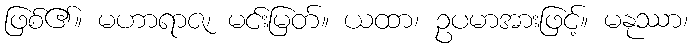
ဖြစ်၏။ မဟာရာဇ၊ မင်းမြတ်။ ယထာ၊ ဥပမာအားဖြင့်။ မနုဿာ၊